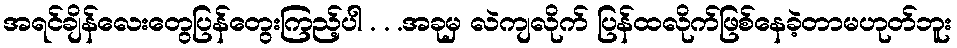
အရင်ချိန်လေးတွေပြန်တွေးကြည့်ပါ . . .အခုမှ လဲကျလိုက် ပြန်ထလိုက်ဖြစ်နေခဲ့တာမဟုတ်ဘူး